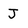
Character: J